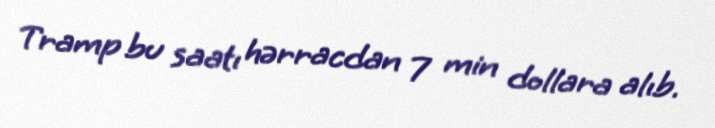
Tramp bu saatı hərracdan 7 min dollara alıb.